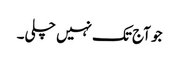
جو آج تک نہیں چلی۔